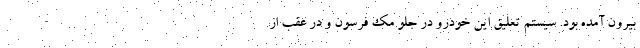
بیرون آمده بود. سیستم تعلیق این خودرو در جلو مک فرسون و در عقب از